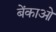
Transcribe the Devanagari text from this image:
बेंकाओ